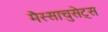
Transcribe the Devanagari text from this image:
मैस्साचुसेट्स